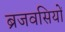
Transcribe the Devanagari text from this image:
ब्रजवसियों